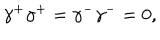
{ \gamma } ^ { + } { \gamma } ^ { + } = { \gamma } ^ { - } { \gamma } ^ { - } = 0 ,